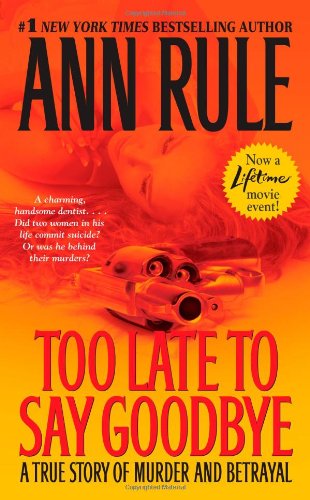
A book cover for Too Late to Say Goodbye: A True Story of Murder and Betrayal; Ann Rule; Biographies & Memoirs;